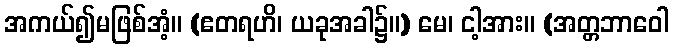
အကယ်၍မဖြစ်အံ့။ (ဧတရဟိ၊ ယခုအခါ၌။) မေ၊ ငါ့အား။ (အတ္တဘာဝေါ